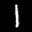
Label: 1